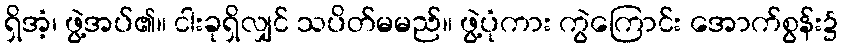
ရှိအံ့၊ ဖွဲ့အပ်၏။ ငါးခုရှိလျှင် သပိတ်မမည်။ ဖွဲ့ပုံကား ကွဲကြောင်း အောက်စွန်း၌